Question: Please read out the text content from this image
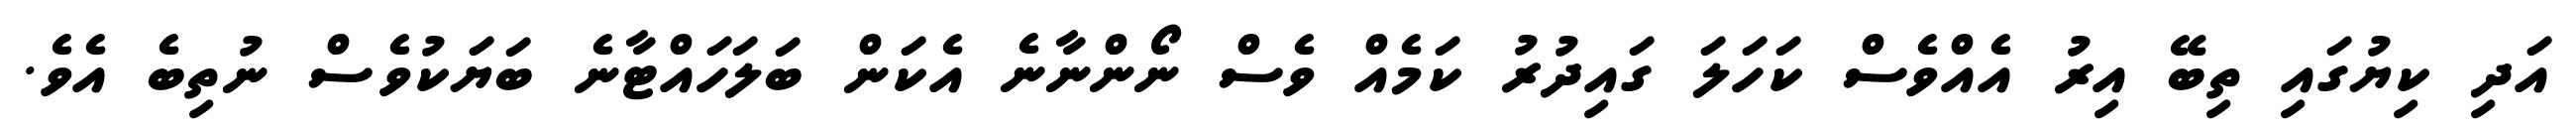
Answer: އަދި ކިޔުގައި ތިބޭ އިރު އެއްވެސް ކަހަލަ ގައިދުރު ކަމެއް ވެސް ނޯންނާނެ އެކަން ބަލަހައްޓާނެ ބަޔަކުވެސް ނުތިބެ އެވެ.